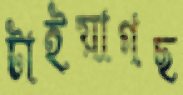
টাইয়াগছ